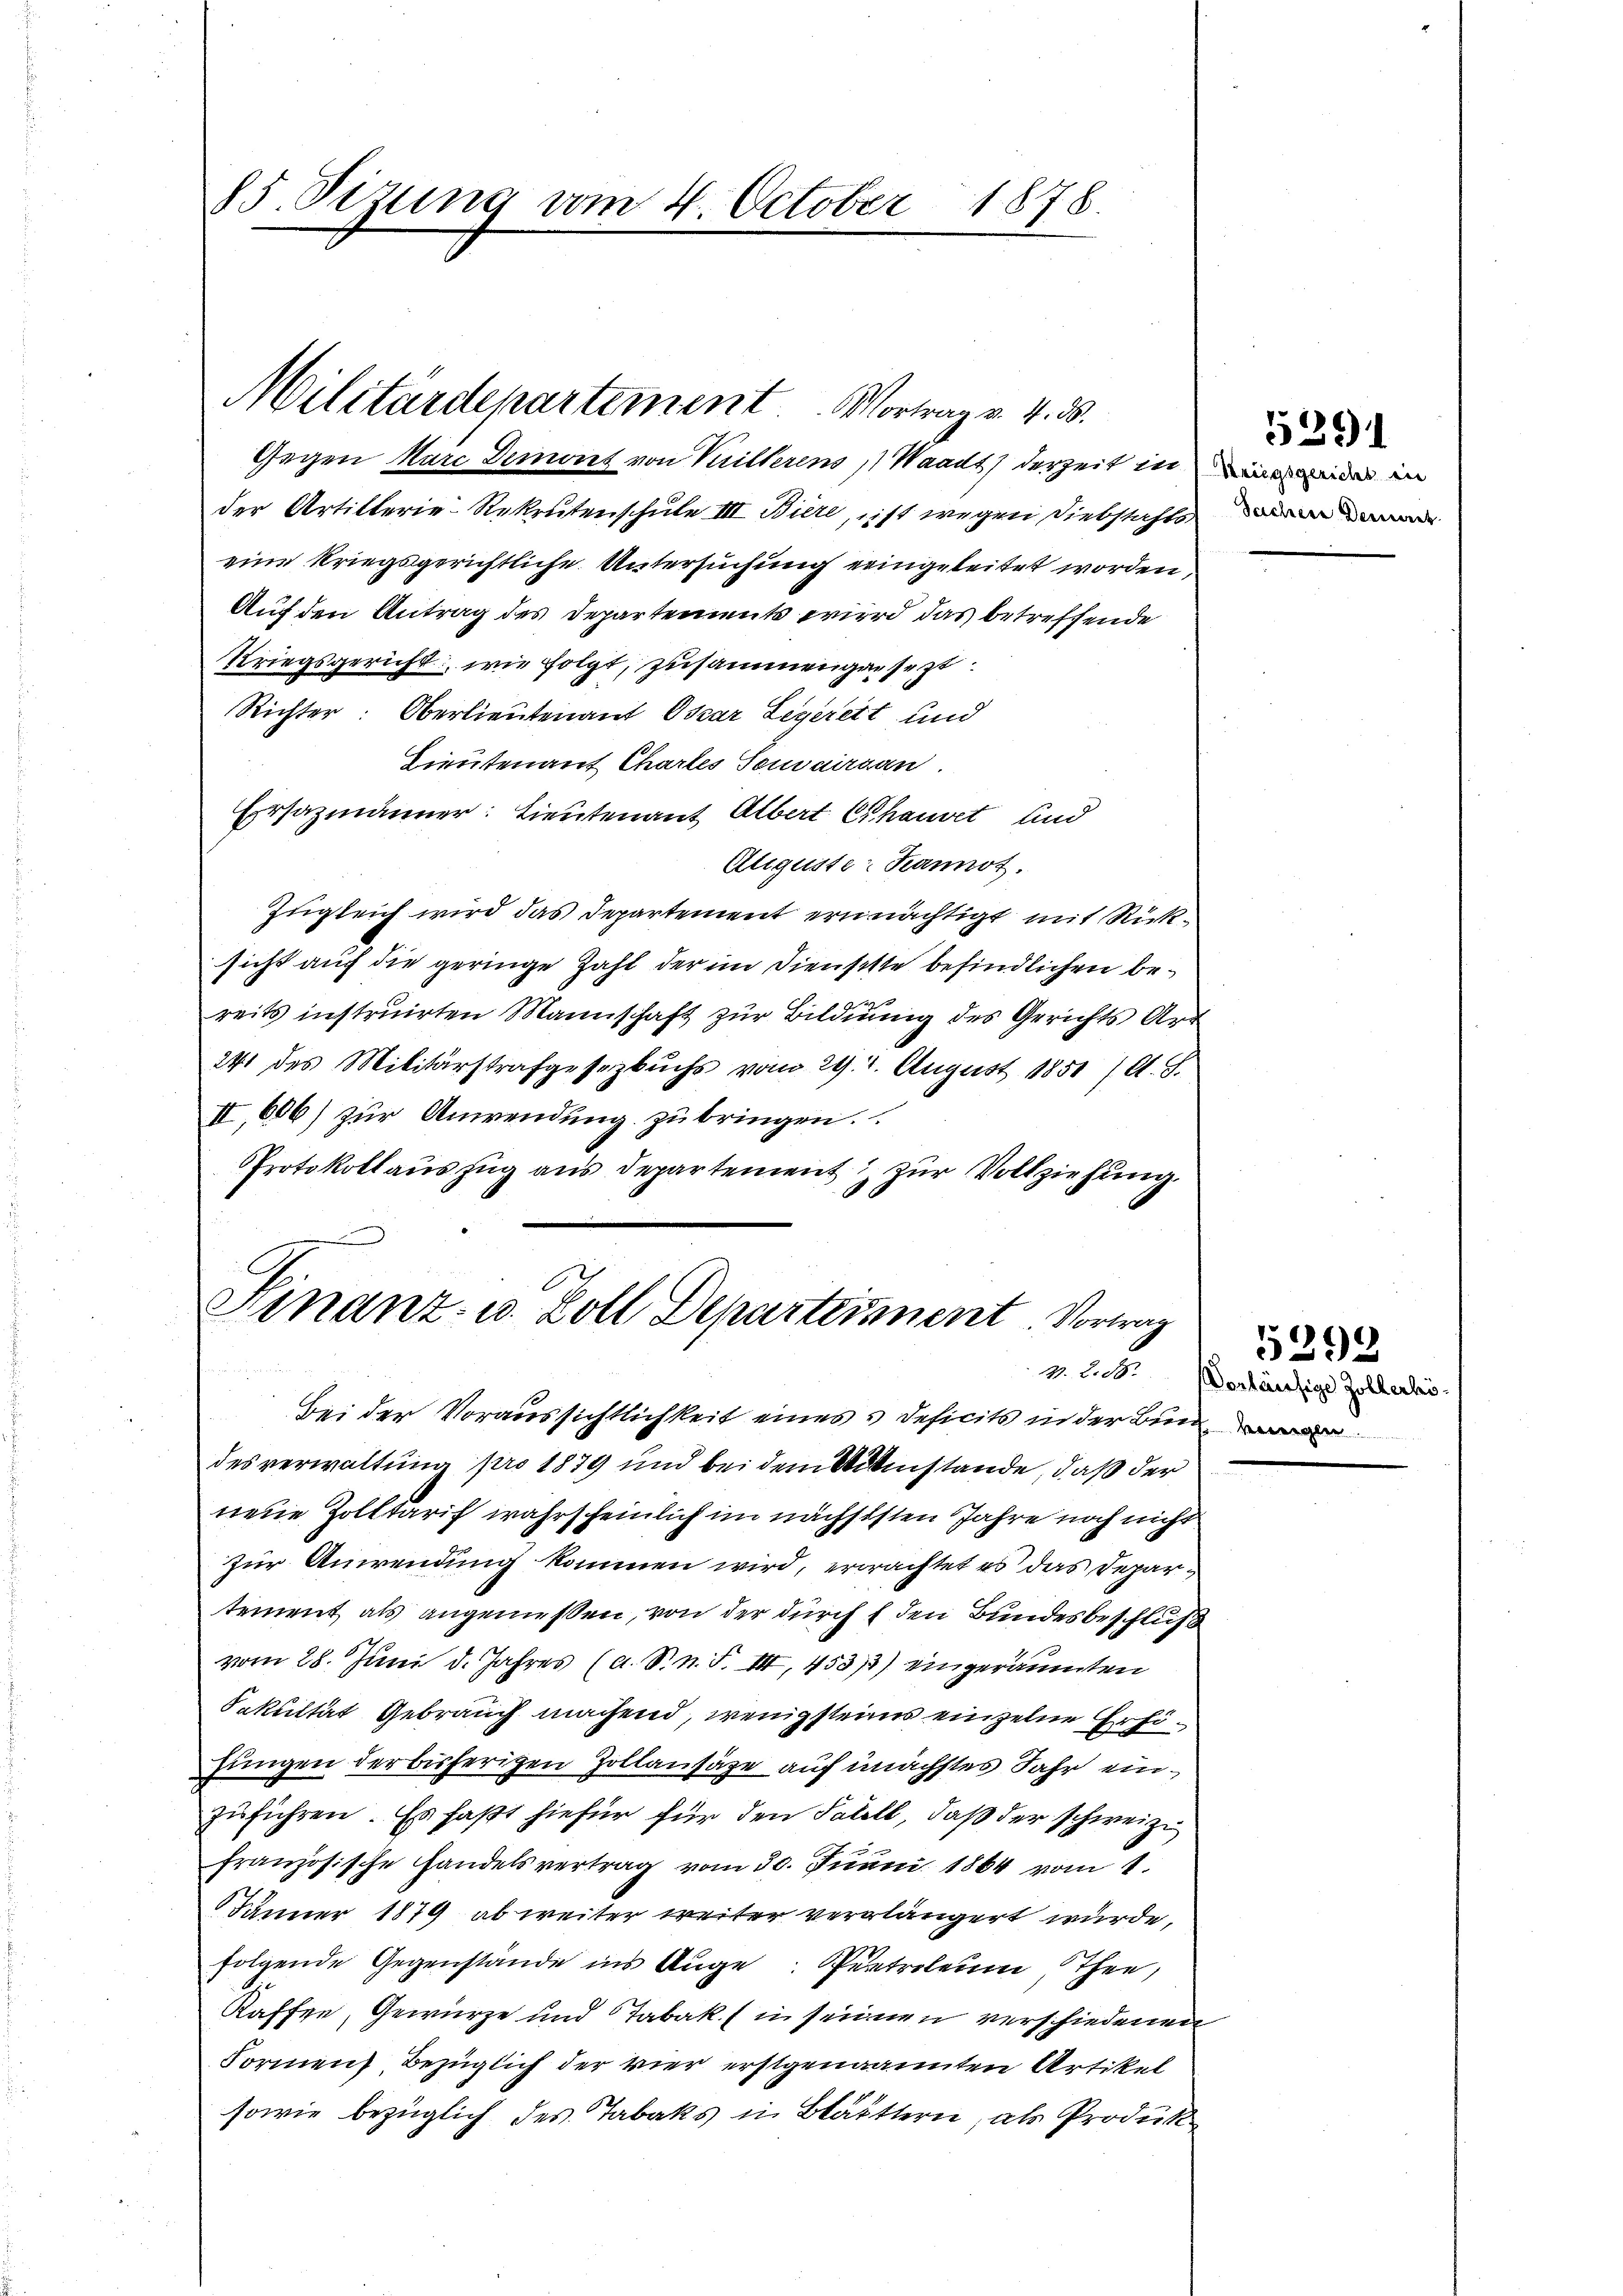
85. Seizung vom 4. October 1878.

Gegen Marc Demont von Villerens , Waadt) derzeit in eine weder in
der Artillerie-Rekrutenschule III Bille, ist wegen Diebstachts
eine kriegsgerichtliche Untersuchung eringeleitet worden,
Auf den Antrag des Departements wird das betreffende
Kriegsgericht, wie folgt, zusammengesezt.
Richter: Oberlieutenauf Oscar Legereit und
Lieutenauf Chartes Semairgau.
Ersazmänner: Lieutenant Albert Chauset und
Auguste: Hannot.
Zugleich wird das Departement ermächtigt mit Rücksicht auch die geringe Zahl der im Dienstste befindlichen bereits instruirten Mannschaft zur Bildung des Gerichts Art
241 des Militärstrafgesetzbuchs vom 29. 2. August 1851 /A. S.
II,606) zur Anwendung zu bringen.
Protokollauszug aus departement zur Vollziehung

Militärdepartement. Vortrag v. 4. 55.

Finanz- u. Zoll Departeient. Vortrag

Bei der Voraussichtlichkeit eines u Deficits in der Bund,
desverwaltung pro 1879 und bei dem Mittestande, daß der
neue Zolltarif wahrscheinlich im nächststen Jahre noch nicht
zur Anwendung kommen wird, erachtet es das Departement als angenießen, von der durch f den Bundesbeschluß
vom 28. Juni d. Jahres (a. S. n. F. III 453/3) eingeräumten
Fakultät Gebrauch machend, wenigsteins einzelne Erhöhungen der bisherigen Zollansähe auf unächstes Jahr einzuführen. Es faßt hiefür für den Falell, daß der schweize
französische andelsvertrag vom 30. Junii 1864 vom 1.
Jänner 1879 ab weiter weiter verlängert wurde,
folgende Gegenstände ins Auge Pentroleum Thee,
Kaffen, Gewürze und Tabaks in seinen verschiedenen
Formen, bezüglich der vier erstgenannten Artikel
sowie bezüglich des Tabaks in Blätttern, als Produk

291

5292
v. 25. Vorhäufige Zollerlei¬